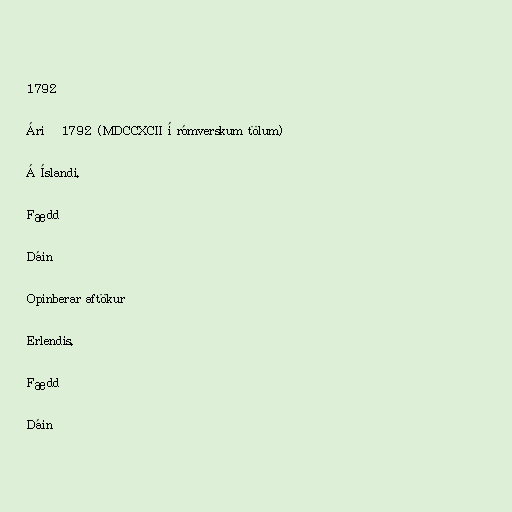
1792

Árið 1792 (MDCCXCII í rómverskum tölum)

Á Íslandi.

Fædd

Dáin

Opinberar aftökur

Erlendis.

Fædd

Dáin